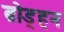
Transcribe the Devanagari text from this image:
ब्रोड्हन